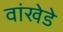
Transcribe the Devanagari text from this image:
वांखेडे